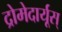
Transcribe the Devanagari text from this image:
द्रोमेदार्यूस्